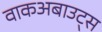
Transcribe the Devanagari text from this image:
वाकअबाउट्स